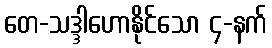
တေ-သဒ္ဒါဟောနိုင်သော ၄-နက်